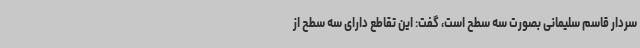
سردار قاسم سلیمانی بصورت سه سطح است، گفت: این تقاطع دارای سه سطح از